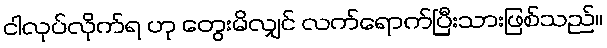
ငါလုပ်လိုက်ရ ဟု တွေးမိလျှင် လက်ရောက်ပြီးသားဖြစ်သည်။